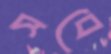
সবে